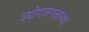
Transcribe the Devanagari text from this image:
उद्योगजगताच्या